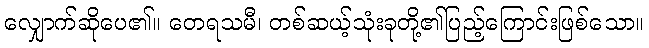
လျှောက်ဆိုပေ၏။ တေရသမီ၊ တစ်ဆယ့်သုံးခုတို့၏ပြည့်ကြောင်းဖြစ်သော။